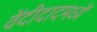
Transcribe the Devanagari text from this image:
वेंदीदादमध्यें